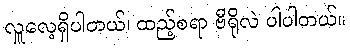
လှူလေ့ရှိပါတယ်၊ ထည့်စရာ ဗီရိုလဲ ပါပါတယ်။